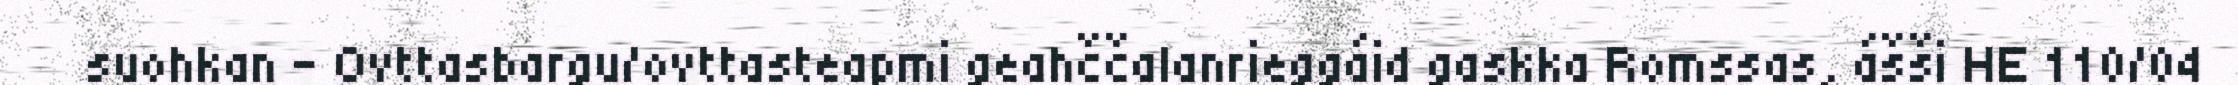
suohkan - Ovttasbargu/ovttasteapmi geahččalanrieggáid gaskka Romssas, ášši HE 110/04